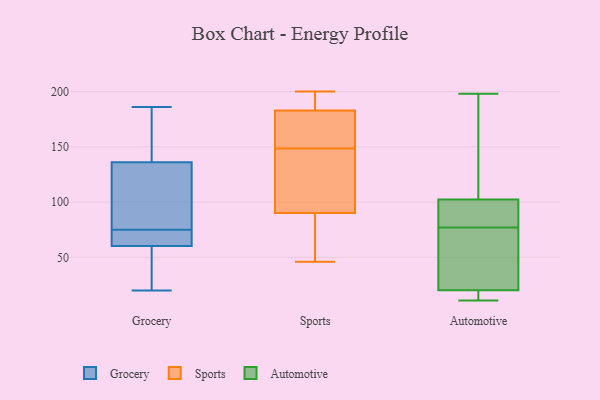
{"axis": {"x": "Budget (USD K)", "y": "Value"}, "legend": ["Automotive", "Grocery", "Sports"], "data": [{"x": "", "y": 113, "type": "Grocery"}, {"x": "", "y": 75, "type": "Grocery"}, {"x": "", "y": 124, "type": "Grocery"}, {"x": "", "y": 70, "type": "Grocery"}, {"x": "", "y": 30, "type": "Grocery"}, {"x": "", "y": 20, "type": "Grocery"}, {"x": "", "y": 32, "type": "Grocery"}, {"x": "", "y": 177, "type": "Grocery"}, {"x": "", "y": 64, "type": "Grocery"}, {"x": "", "y": 65, "type": "Grocery"}, {"x": "", "y": 85, "type": "Grocery"}, {"x": "", "y": 142, "type": "Grocery"}, {"x": "", "y": 68, "type": "Grocery"}, {"x": "", "y": 149, "type": "Grocery"}, {"x": "", "y": 134, "type": "Grocery"}, {"x": "", "y": 49, "type": "Grocery"}, {"x": "", "y": 186, "type": "Grocery"}, {"x": "", "y": 75, "type": "Sports"}, {"x": "", "y": 160, "type": "Sports"}, {"x": "", "y": 200, "type": "Sports"}, {"x": "", "y": 134, "type": "Sports"}, {"x": "", "y": 90, "type": "Sports"}, {"x": "", "y": 162, "type": "Sports"}, {"x": "", "y": 129, "type": "Sports"}, {"x": "", "y": 181, "type": "Sports"}, {"x": "", "y": 137, "type": "Sports"}, {"x": "", "y": 70, "type": "Sports"}, {"x": "", "y": 183, "type": "Sports"}, {"x": "", "y": 199, "type": "Sports"}, {"x": "", "y": 189, "type": "Sports"}, {"x": "", "y": 46, "type": "Sports"}, {"x": "", "y": 43, "type": "Automotive"}, {"x": "", "y": 74, "type": "Automotive"}, {"x": "", "y": 62, "type": "Automotive"}, {"x": "", "y": 91, "type": "Automotive"}, {"x": "", "y": 18, "type": "Automotive"}, {"x": "", "y": 19, "type": "Automotive"}, {"x": "", "y": 100, "type": "Automotive"}, {"x": "", "y": 97, "type": "Automotive"}, {"x": "", "y": 151, "type": "Automotive"}, {"x": "", "y": 77, "type": "Automotive"}, {"x": "", "y": 151, "type": "Automotive"}, {"x": "", "y": 11, "type": "Automotive"}, {"x": "", "y": 103, "type": "Automotive"}, {"x": "", "y": 16, "type": "Automotive"}, {"x": "", "y": 96, "type": "Automotive"}, {"x": "", "y": 15, "type": "Automotive"}, {"x": "", "y": 24, "type": "Automotive"}, {"x": "", "y": 193, "type": "Automotive"}, {"x": "", "y": 198, "type": "Automotive"}]}